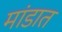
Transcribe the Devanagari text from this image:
मांडात